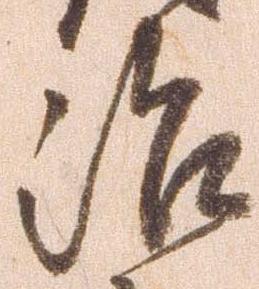
治